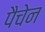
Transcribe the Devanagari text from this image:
पैचेन